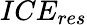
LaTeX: ICE_{res}